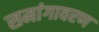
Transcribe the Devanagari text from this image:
समांगावरण